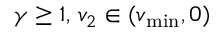
\gamma \geq 1 , \, v _ { 2 } \in ( v _ { \operatorname* { m i n } } , 0 )